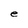
Character: e